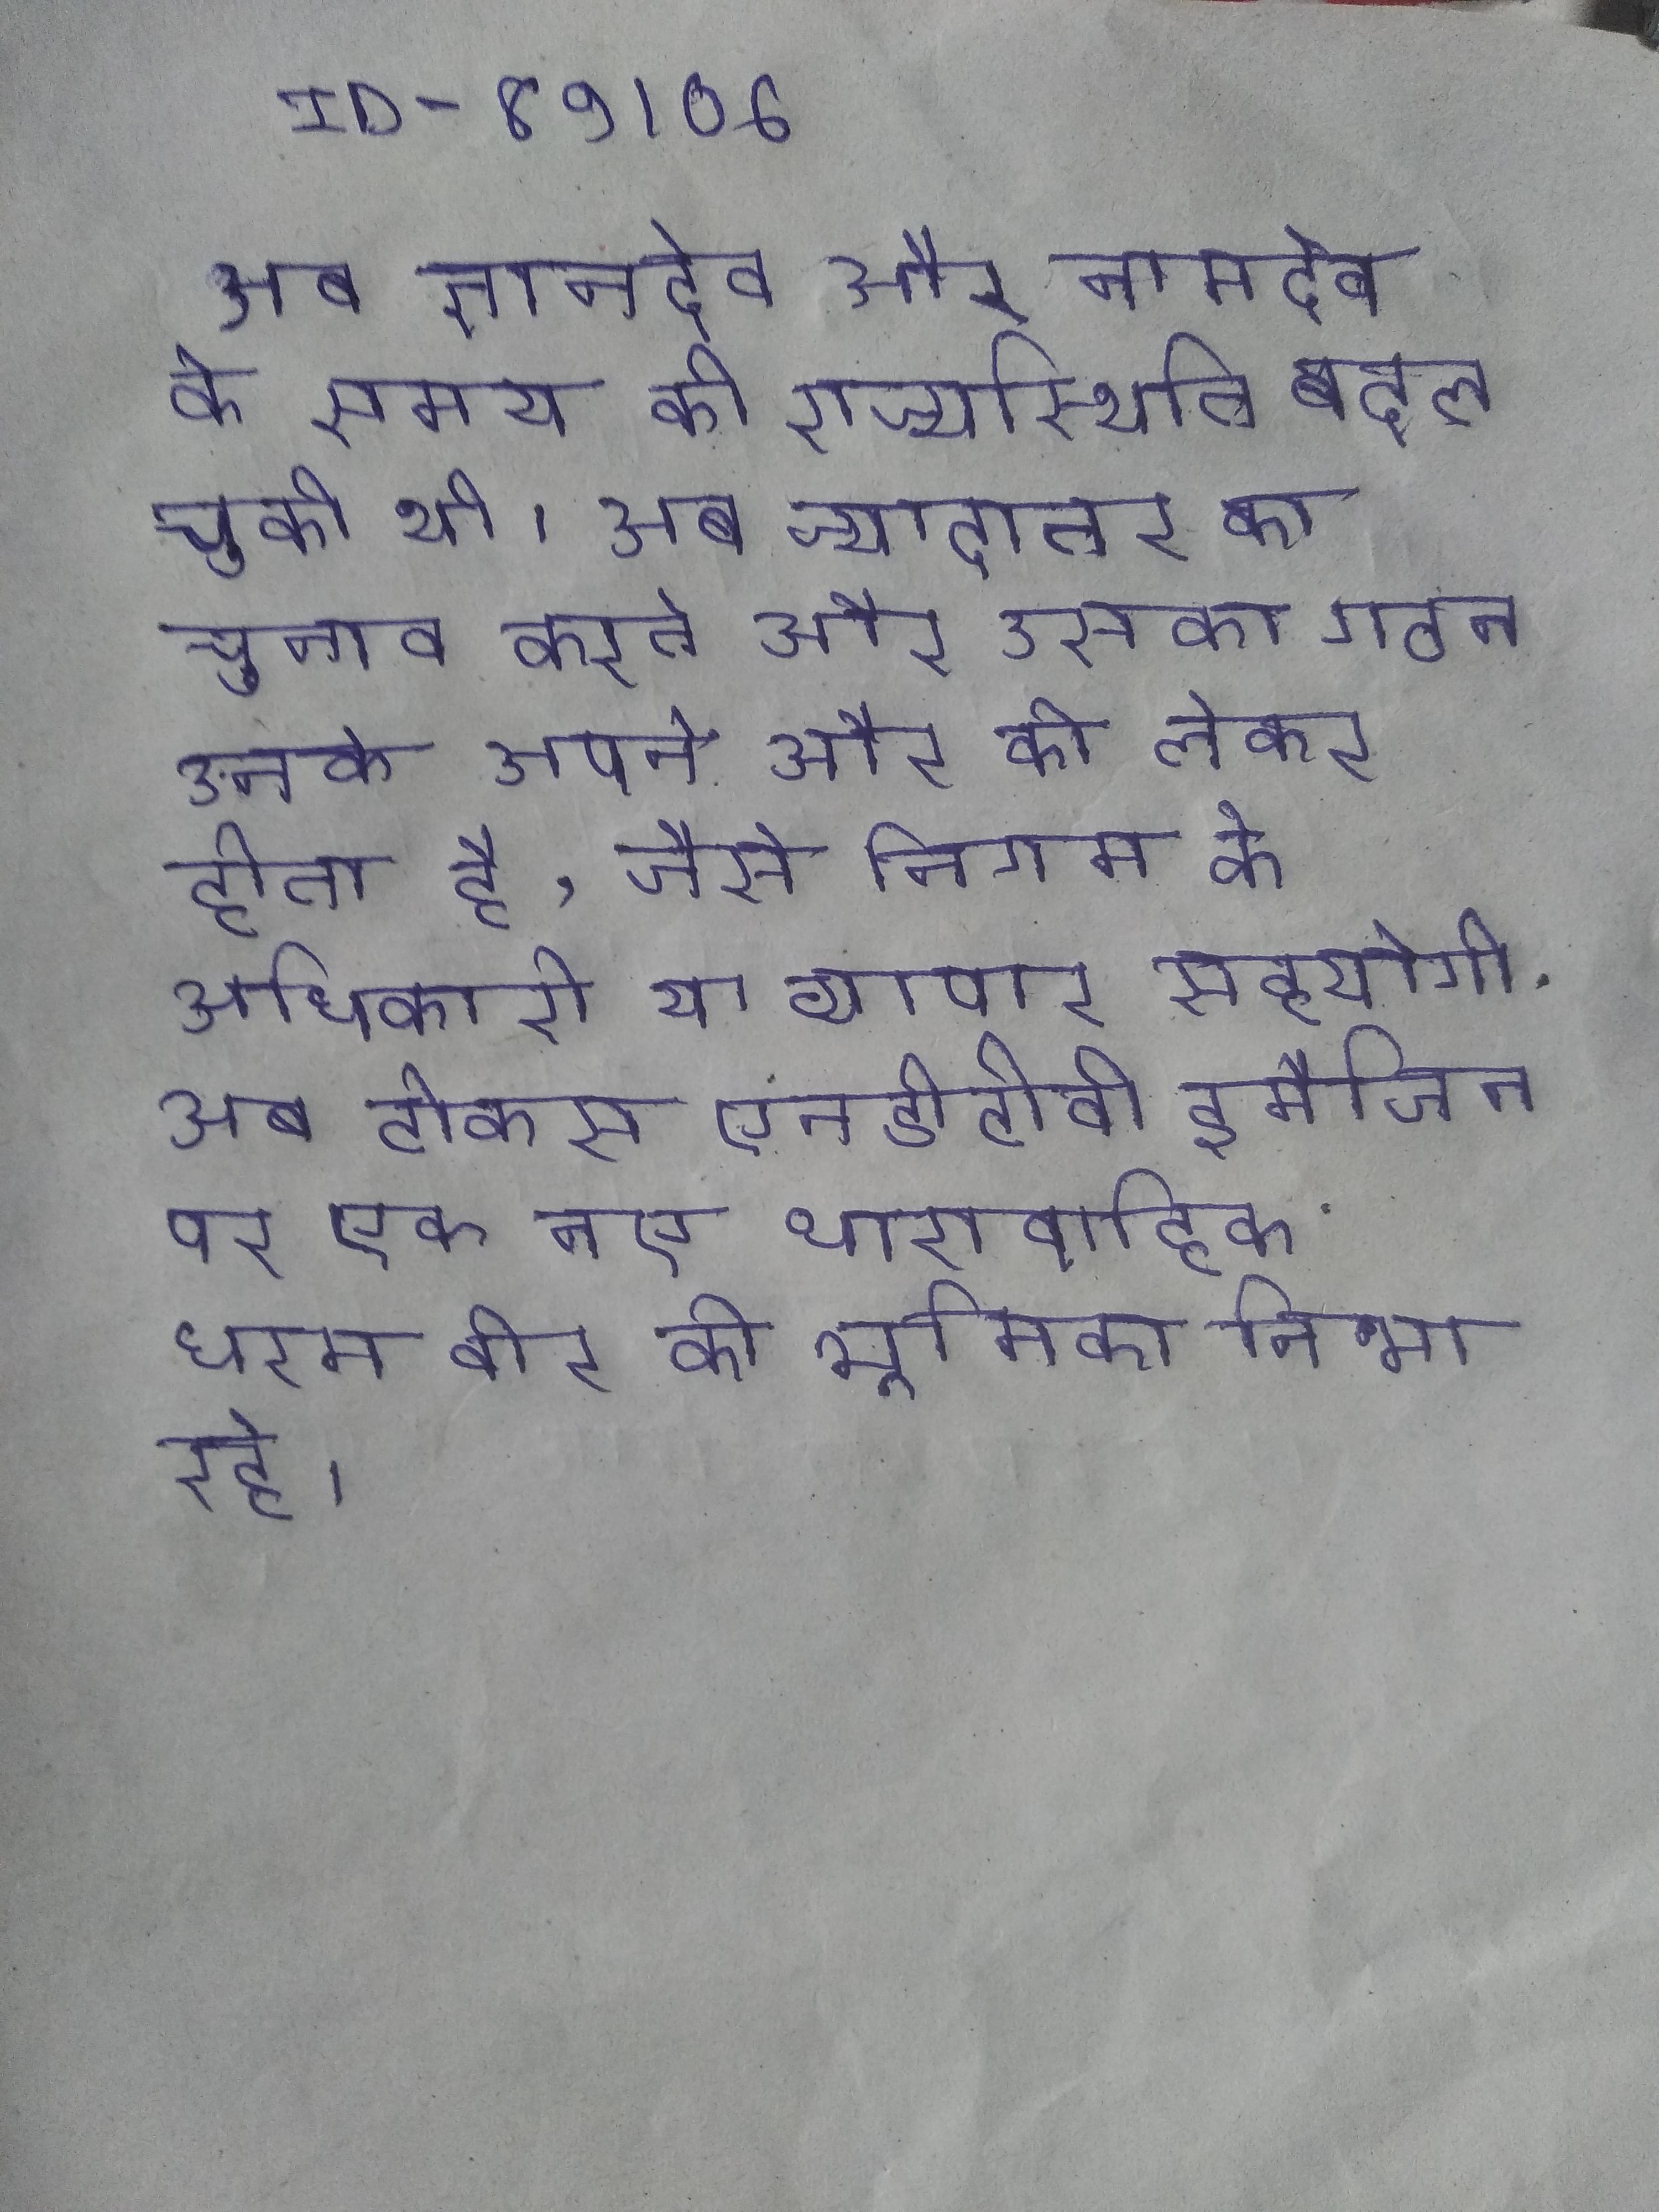
अब ज्ञानदेव और नामदेव के समय की राज्यस्थिति बदल चुकी थी । अब ज्यादातर का चुनाव करते और उसका गठन उनके अपने और को लेकर होता है, जैसे निगम के अधिकारी या व्यापार सहयोगी . अब टोकस एनडीटीवी इमैजिन पर एक नए धारावाहिक धरम वीर की भूमिका निभा रहे ।